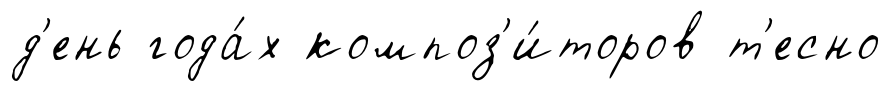
д'ень года́х композ'и́торов т'есно